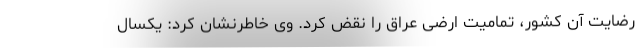
رضایت آن کشور، تمامیت ارضی عراق را نقض کرد. وی خاطرنشان کرد: یکسال